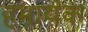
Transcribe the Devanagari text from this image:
हमायंक